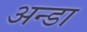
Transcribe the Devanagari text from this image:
अन्डा